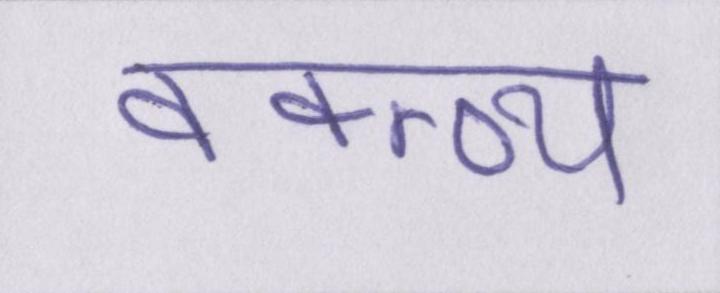
वक्त्व्य